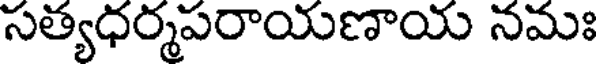
సత్యధర్మపరాయణాయ నమః